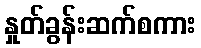
နှုတ်ခွန်းဆက်စကား